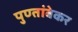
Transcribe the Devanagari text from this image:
पुण्तांबेकर